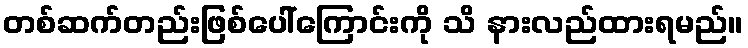
တစ်ဆက်တည်းဖြစ်ပေါ်ကြောင်းကို သိ နားလည်ထားရမည်။